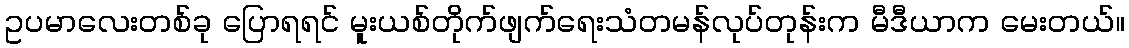
ဥပမာလေးတစ်ခု ပြောရရင် မူးယစ်တိုက်ဖျက်ရေးသံတမန်လုပ်တုန်းက မီဒီယာက မေးတယ်။